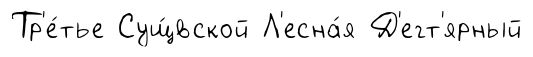
Тр'е́тье Сущ́вской Л'есна́я Д'егт'ярный